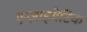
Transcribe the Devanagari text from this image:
एन्ज़ाइमेटिक